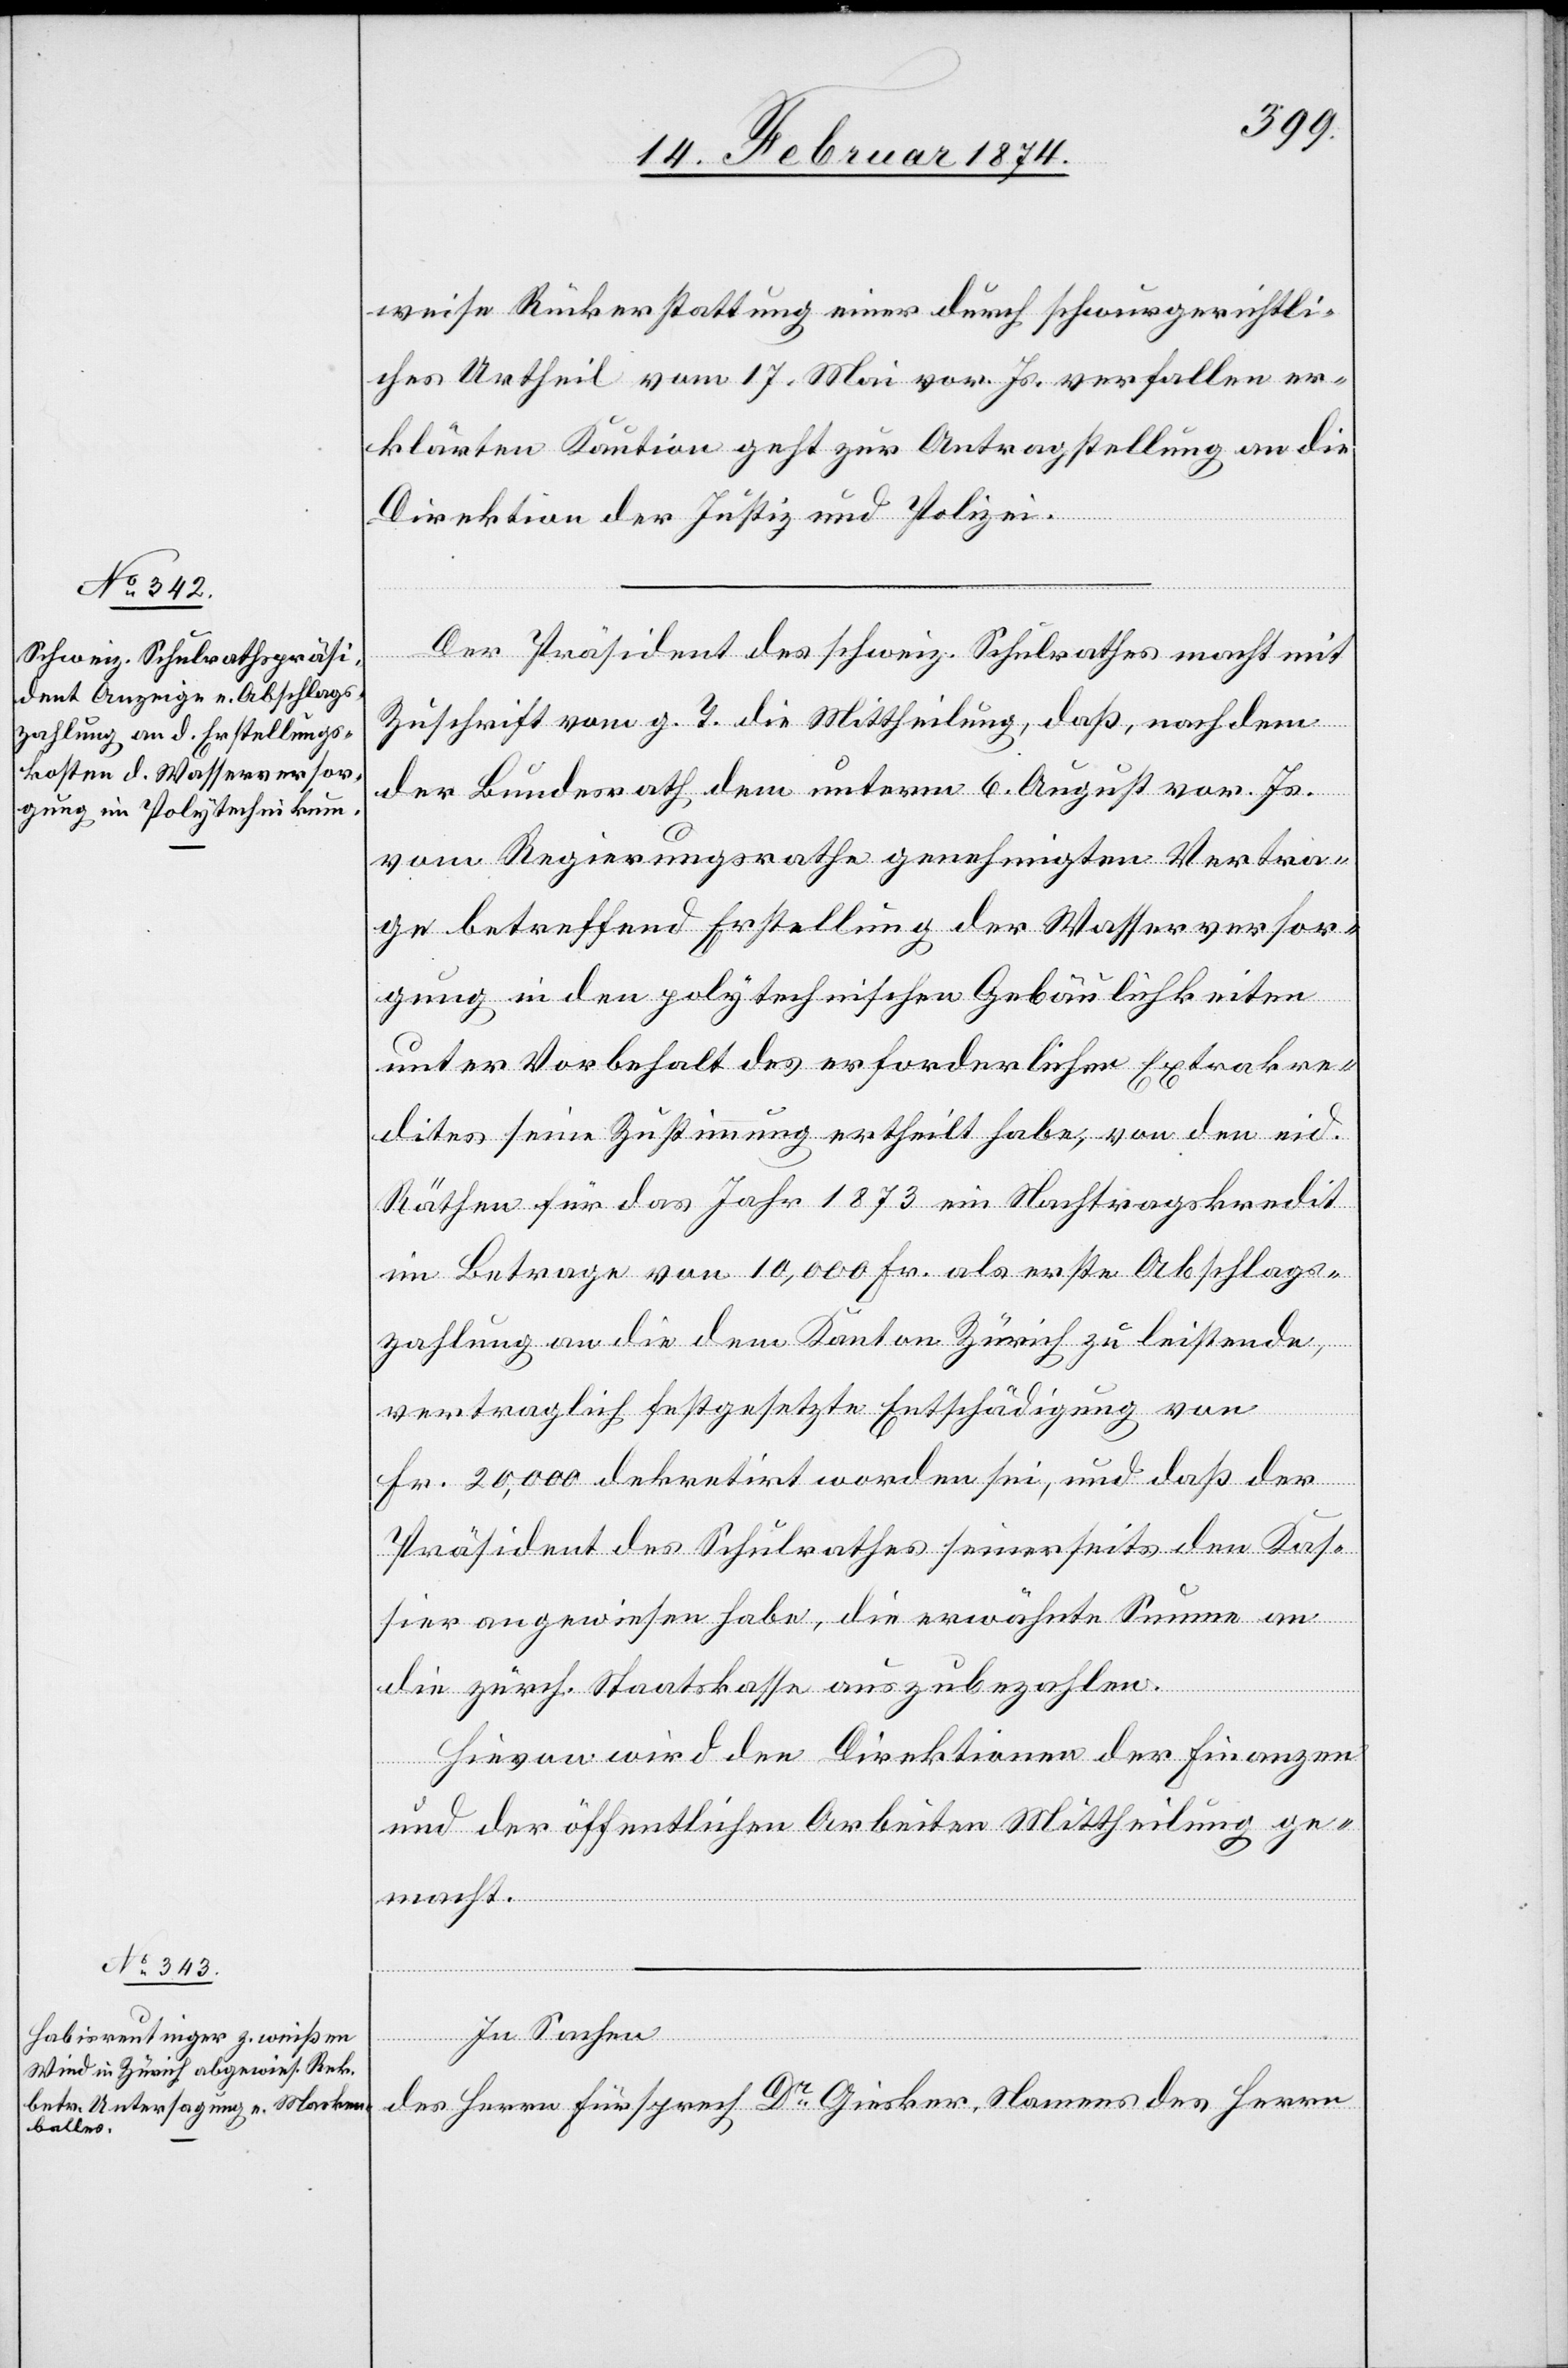
19. Februar 1874.]
weise Rückerstattung einer durch schwurgerichtli¬
ches Urtheil vom 17. Mai vor. Js. verfallen er¬
klärten Kaution geht zur Antragstellung an die
Direktion der Justiz und Polizei.
Der Präsident des schweiz. Schulrathes macht mit
Zuschrift vom g. T. die Mittheilung, daß, nachdem
der Bundesrath dem unterm 6. August vor. Js.
vom Regierungsrathe genehmigten Vertra¬
ge betreffend Erstellung der Wasserversor¬
gung in den polytechnischen Gebäulichkeiten
unter Vorbehalt des erforderlichen Extrakre¬
dites eine Zustimmung ertheilt habe, von den eid.
Räthen für das Jahr 1873 ein Nachtragskredit
im Betrage von 10,000 Fr. als erste Abschlags¬
zahlung an die dem Kanton Zürich zu leistende,
vertraglich festgesetzte Entschädigung von
Fr. 20,000 dekretirt worden sei, und daß der
Präsident des Schulrathes seinerseits den Kas¬
sier angewiesen habe, die erwähnte Summe an
die zürch. Staatskasse auszubezahlen.
Hievon wird den Direktionen der Finanzen
und der öffentlichen Arbeiten Mittheilung ge¬
macht.
In Sachen
des Herrn Fürsprech Dr Giesker, Namens des Herrn